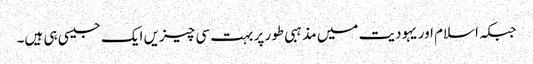
جبکہ اسلام اور یہودیت میں مذہبی طور پر بہت سی چیزیں ایک جیسی ہی ہیں۔